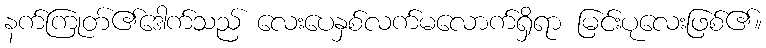
နက်ကြုတ်၏ဒေါက်သည် လေးပေနှစ်လက်မလောက်ရှိရာ မြင်းပုလေးဖြစ်၏။